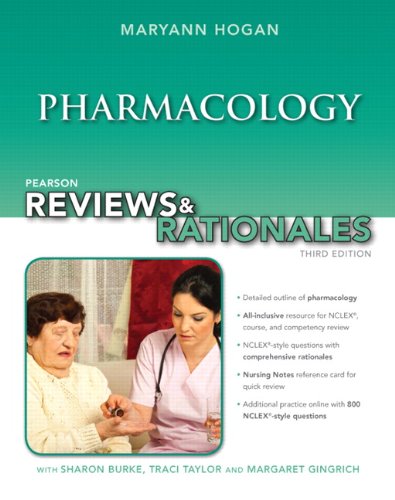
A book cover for Pharmacology, 3rd Edition; MaryAnn Hogan; Medical Books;